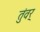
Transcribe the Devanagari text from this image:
तुंवर्